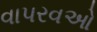
વાપરવઓ